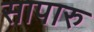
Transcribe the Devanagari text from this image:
सापारु